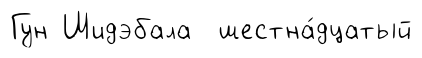
Гун Шидэбала шестна́дцатый